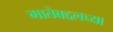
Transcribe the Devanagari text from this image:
मातेबद्दलच्या